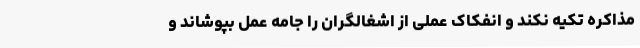
مذاکره تکیه نکند و انفکاک عملی از اشغالگران را جامه عمل بپوشاند و